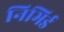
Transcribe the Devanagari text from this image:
निभिर्ड